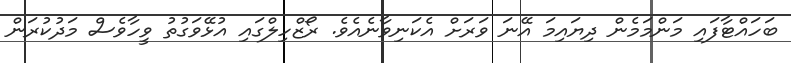
ބަހައްޓާފައި މަންމަމެން ދިޔައިމަ އޭނަ ވަރަށް އެކަނިވާނެއެވެ. ރޯޒްހިލްގައި އުޅޭވަގުތު ވީހާވެސް މަދުކުރަން